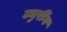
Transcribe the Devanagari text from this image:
ट्युरींग